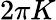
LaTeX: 2\pi K